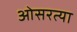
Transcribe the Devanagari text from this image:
ओसरत्या